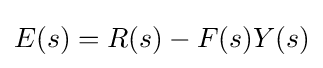
E(s)=R(s)-F(s)Y(s)